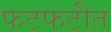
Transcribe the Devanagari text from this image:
फटफटीत